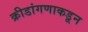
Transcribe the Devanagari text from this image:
क्रीडांगणाकडून